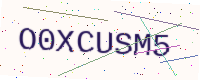
Text: O0XCUSM5